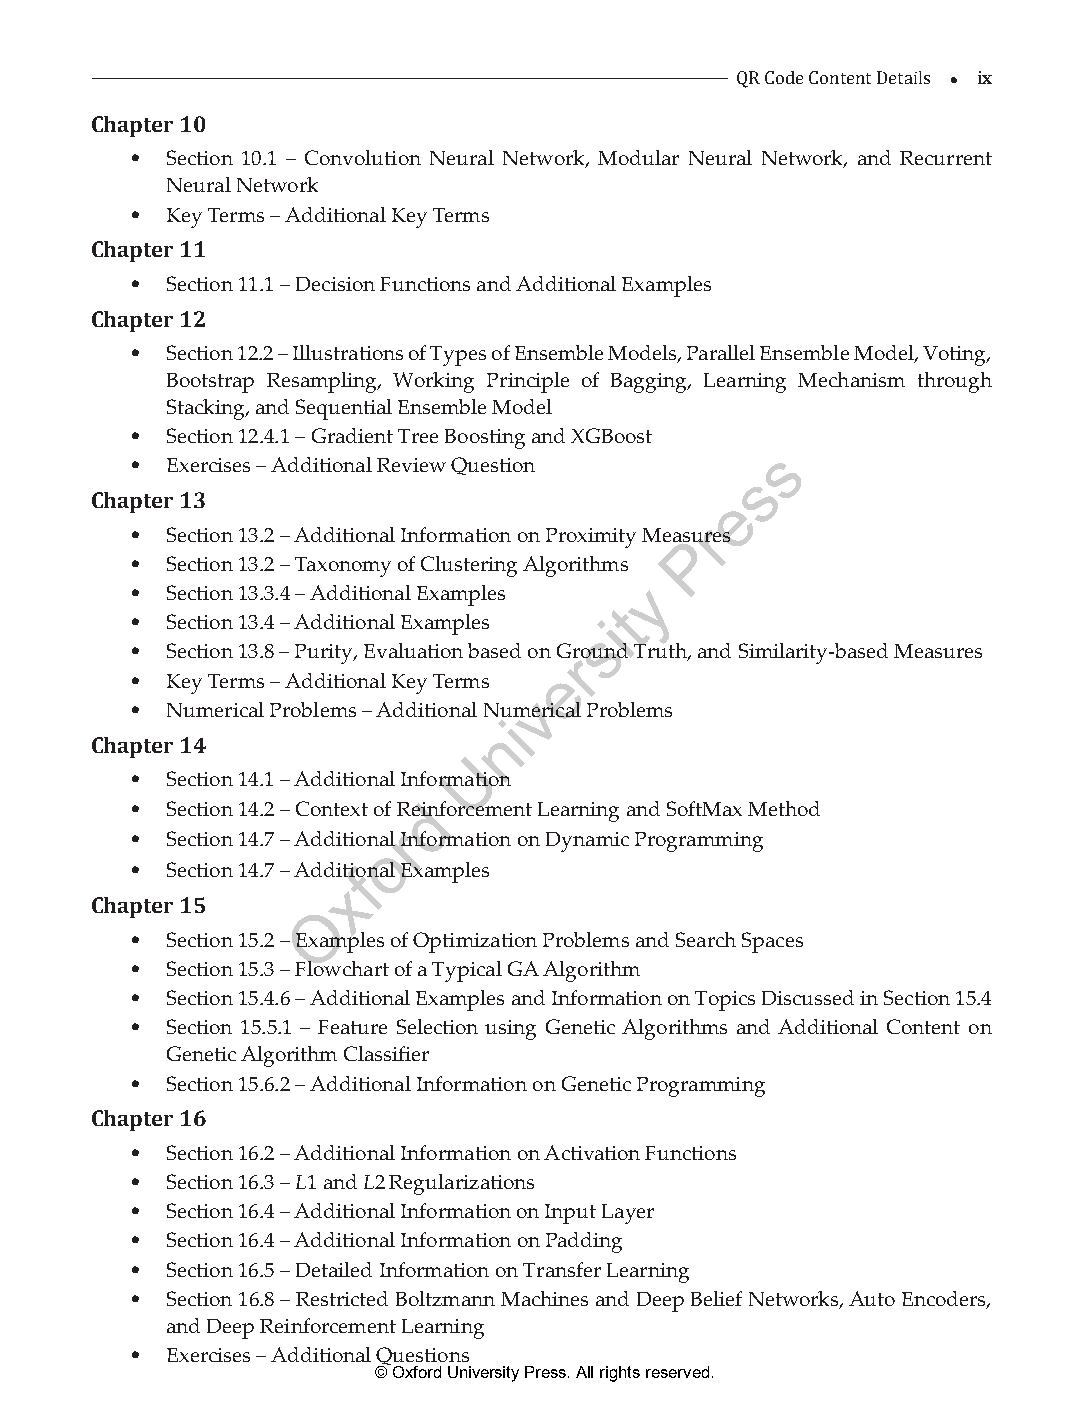
 ix
 Chapter 10                                 QR Code Content Details
 • Section 10.1 – Convolution Neural Network, Modular Neural Network, and Recurrent
 Neural Network
 • Key Terms – Additional Key Terms
 Chapter 11
 • Section 11.1 – Decision Functions and Additional Examples
 Chapter 12
 • Section 12.2 – Illustrations of Types of Ensemble Models, Parallel Ensemble Model, Voting,
 Bootstrap Resampling, Working Principle of Bagging, Learning Mechanism through
 Stacking, and Sequential Ensemble Model
 • Section 12.4.1 – Gradient Tree Boosting and XGBoost
 s
 • Exercises – Additional Review Question
 s
 Chapter 13                                e
 r
 • Section 13.2 – Additional Information on Proximity MeaPsures
 • Section 13.2 – Taxonomy of Clustering Algorithms
 y
 • Section 13.3.4 – Additional Examples
 t
 • Section 13.4 – Additional Examples i
 s
 • Section 13.8 – Purity, Evaluation based on Grround Truth, and Similarity-based Measures
 e
 • Key Terms – Additional Key Terms
 v
 • Numerical Problems – Additional Numerical Problems
 i
 n
 Chapter 14
 U
 • Section 14.1 – Additional Information
 • Section 14.2 – Context of Redinforcement Learning and SoftMax Method
 r
 • Section 14.7 – Additionoal Information on Dynamic Programming
 • Section 14.7 – Additifonal Examples
 x
 Chapter 15     O
 • Section 15.2 – Examples of Optimization Problems and Search Spaces
 • Section 15.3 – Flowchart of a Typical GA Algorithm
 • Section 15.4.6 – Additional Examples and Information on Topics Discussed in Section 15.4
 • Section 15.5.1 – Feature Selection using Genetic Algorithms and Additional Content on
 Genetic Algorithm Classifier
 • Section 15.6.2 – Additional Information on Genetic Programming
 Chapter 16
 • Section 16.2 – Additional Information on Activation Functions
 • Section 16.3 – L1 and L2 Regularizations
 • Section 16.4 – Additional Information on Input Layer
 • Section 16.4 – Additional Information on Padding
 • Section 16.5 – Detailed Information on Transfer Learning
 • Section 16.8 – Restricted Boltzmann Machines and Deep Belief Networks, Auto Encoders,
 and Deep Reinforcement Learning
 • Exercises – Additional Questions
 © Oxford University Press. All rights reserved.
 ML_FM.indd 9                                                  27-Mar-21 8:45:05 AM